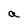
Character: a